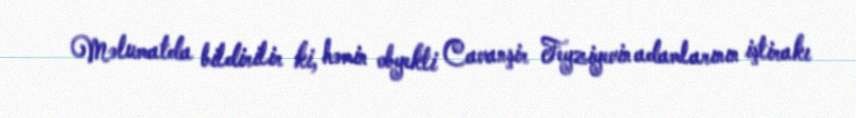
Məlumatda bildirilir ki, həmin obyekti Cavanşir Feyziyevin adamlarının iştirakı